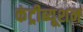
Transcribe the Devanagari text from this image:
कंट्रीब्यूशन